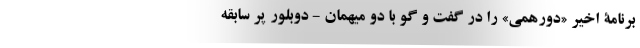
برنامۀ اخیر «دورهمی» را در گفت و گو با دو میهمان - دوبلور پر سابقه